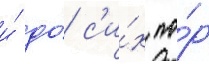
и́ до́ с'и́х по́р